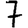
Digit: 7